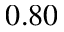
0 . 8 0